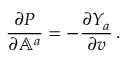
\frac { \partial P } { \partial \mathbb { A } ^ { a } } = - \frac { \partial Y _ { a } } { \partial v } \, .